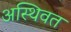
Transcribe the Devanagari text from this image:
अस्थिवत